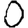
Digit: 0